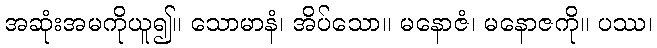
အဆုံးအမကိုယူ၍။ သောမာနံ၊ အိပ်သော။ မနောဇံ၊ မနောဇကို။ ပဿ၊